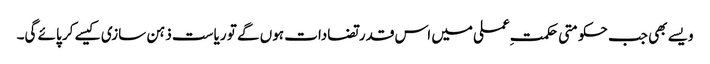
ویسے بھی جب حکومتی حکمتِ عملی میں اس قدر تضادات ہوں گے تو ریاست ذہن سازی کیسے کر پائے گی۔